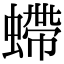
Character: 螮